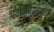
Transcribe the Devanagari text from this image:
भवविधिरनादृत्य